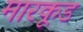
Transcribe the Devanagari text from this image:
मारकूड